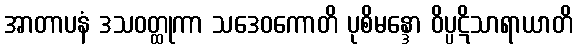
အာတာပနံ ဒသဝတ္ထုကာ သဒေဝကောတိ ပုစိမန္ဒော ဝိပ္ပဋိသာရာယာတိ